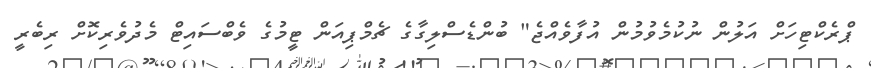
ޕްރެކްޓިހަށް އަލުން ނުކުމެވުމުން އުފާވެއްޖެ" ބުންޑެސްލިގާގެ ޗެމްޕިއަން ޓީމުގެ ވެބްސައިޓް މެދުވެރިކޮށް ރިބެރީ